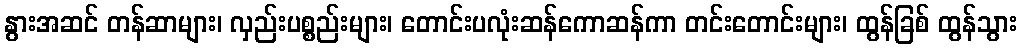
နွားအဆင် တန်ဆာများ၊ လှည်းပစ္စည်းများ၊ တောင်းပလုံးဆန်ကောဆန်ကာ တင်းတောင်းများ၊ ထွန်ခြစ် ထွန်သွား